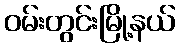
ဝမ်းတွင်းမြို့နယ်